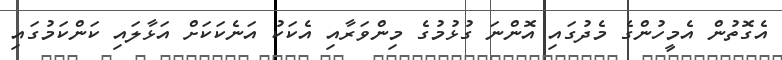
އެގޮތުން އެމީހުންގެ މެދުގައި އޮންނަ ގުޅުމުގެ މިންވަރާއި އެކަކު އަނެކަކަށް އަޅާލައި ކަންކަމުގައި